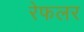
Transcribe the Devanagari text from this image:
रेफलर